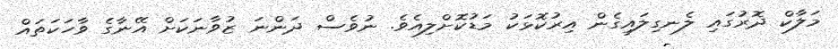
މަލާކް ދޮރުގައި ލެނގިލައިގެން އިރުކޮޅަކު މަޑުކޮށްލިއެވެ. ނުވެސް ދަންނަ ޒުވާނަކަށް އޭނާގެ ވާހަކަތައް